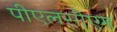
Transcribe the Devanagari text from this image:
पीएलसीएम